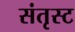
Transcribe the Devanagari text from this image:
संतृस्ट